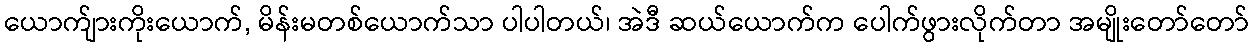
ယောက်ျားကိုးယောက်, မိန်းမတစ်ယောက်သာ ပါပါတယ်၊ အဲဒီ ဆယ်ယောက်က ပေါက်ဖွားလိုက်တာ အမျိုးတော်တော်